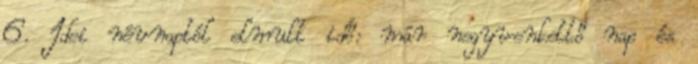
6. Idei névnaptól elmult idő: már negyvenkettő nap és